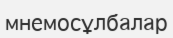
мнемосұлбалар